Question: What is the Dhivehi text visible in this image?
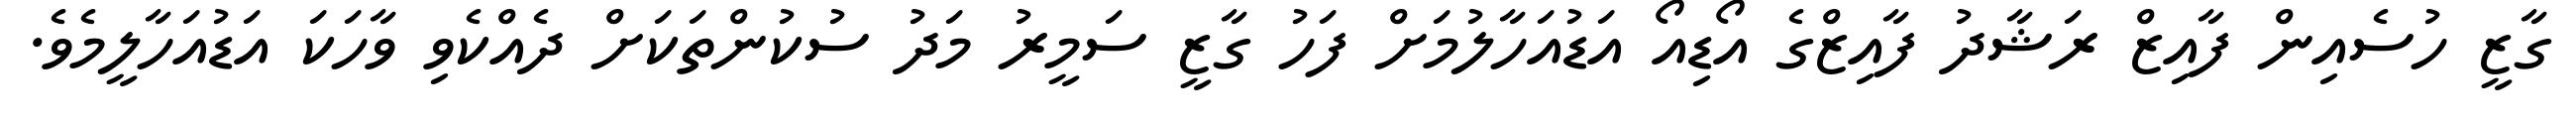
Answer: ގާޒީ ހުސެއިން ފާއިޒް ރަޝާދު ފާއިޒްގެ އޯޑިއޯ އަޑުއަހާލުމަށް ފަހު ގާޒީ ސަމީރު މަދު ސުކުންތަކަށް ދެއްކެވި ވާހަކަ އަޑުއަހާލީމެވެ.